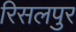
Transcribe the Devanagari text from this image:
रिसलपुर